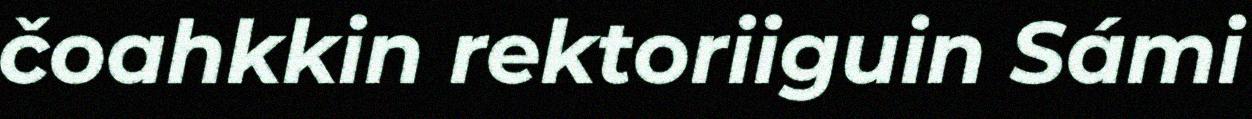
čoahkkin rektoriiguin Sámi